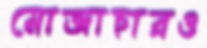
মোজাহারও